Madras plague regulations in force outside the Presidency town - Volume 3
Disease focus: Plague
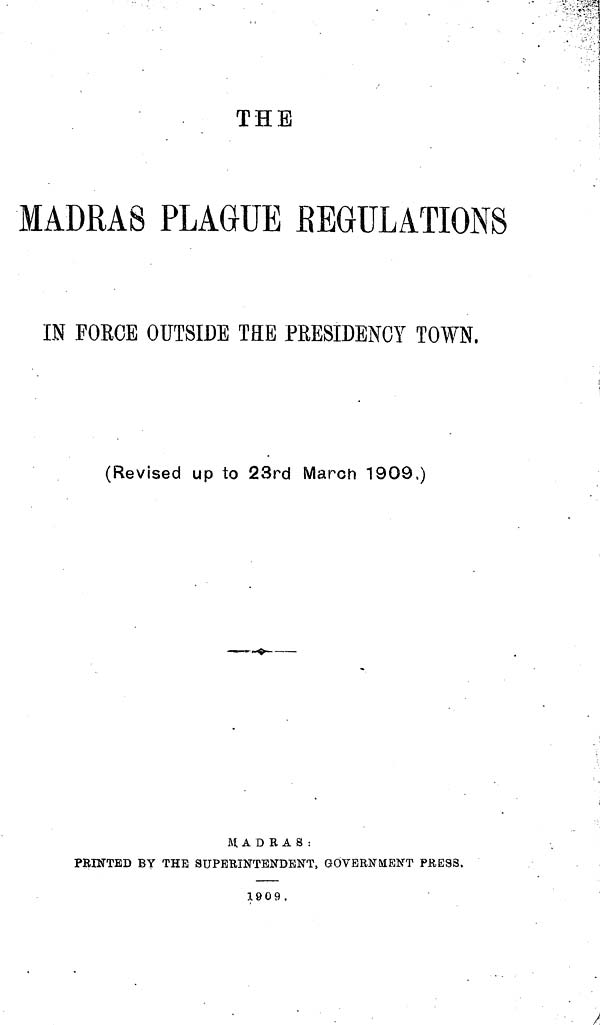
THE
MADRAS PLAGUE REGULATIONS
IN FOECE OUTSIDE THE PRESIDENCY TOWN.
(Revised up to 23rd March 1909.)
M A D R A S :
PRINTED BY THE SUPERINTENDENT, GOVERNMENT PRE9S.
1909.